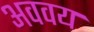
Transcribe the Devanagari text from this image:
अववय